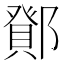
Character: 𮠉